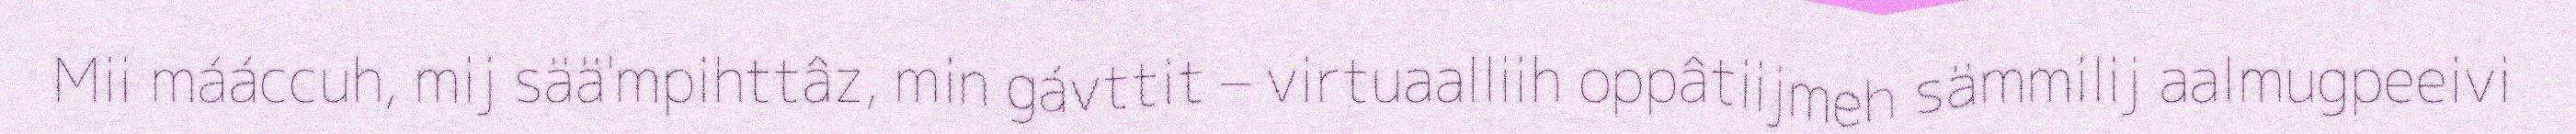
Mii mááccuh, mij sää'mpihttâz, min gávttit – virtuaalliih oppâtiijmeh sämmilij aalmugpeeivi